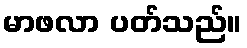
မာဖလာ ပတ်သည်။